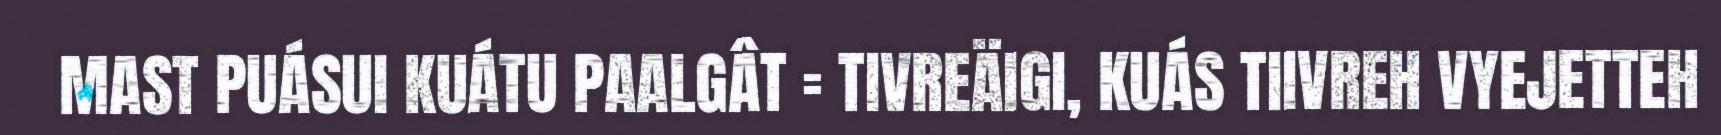
MAST PUÁSUI KUÁTU PAALGÂT = TIVREÄIGI, KUÁS TIIVREH VYEJETTEH